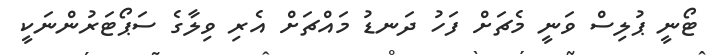
ޓޯނީ ޕުލިސް ވަނީ މެޗަށް ފަހު ދަނޑު މައްޗަށް އެރި ވިލާގެ ސަޕޯޓަރުންނަކީ